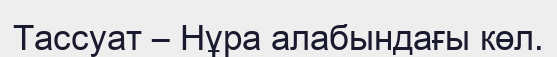
Тассуат – Нұра алабындағы көл.